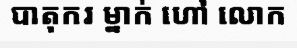
បាតុករ ម្នាក់ ហៅ លោក